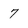
Character: 7